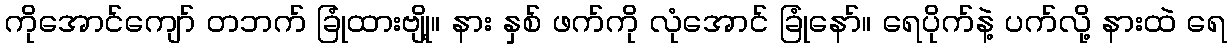
ကိုအောင်ကျော် တဘက် ခြုံထားဗျို့။ နား နှစ် ဖက်ကို လုံအောင် ခြုံနော်။ ရေပိုက်နဲ့ ပက်လို့ နားထဲ ရေ